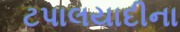
ટપાલયાદીના